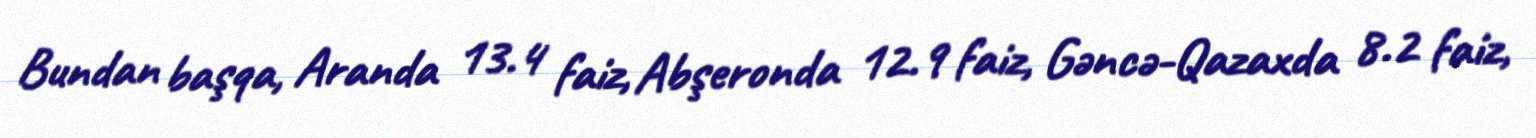
Bundan başqa, Aranda 13.4 faiz, Abşeronda 12.9 faiz, Gəncə-Qazaxda 8.2 faiz,